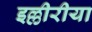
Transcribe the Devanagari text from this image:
इल्लीरीया